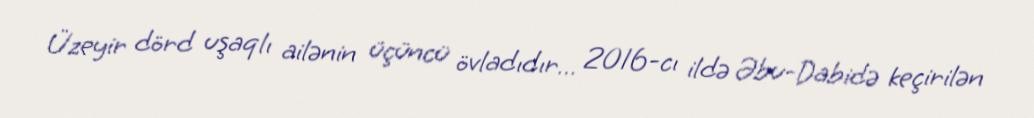
Üzeyir dörd uşaqlı ailənin üçüncü övladıdır… 2016-cı ildə Əbu-Dabidə keçirilən